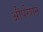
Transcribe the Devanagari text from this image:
औंपरेशन